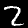
Digit: 2